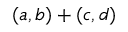
( a , b ) + ( c , d )